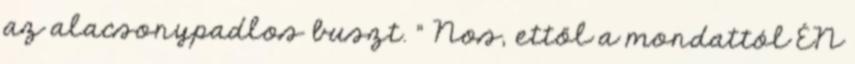
az alacsonypadlos buszt. " Nos, ettől a mondattól ÉN